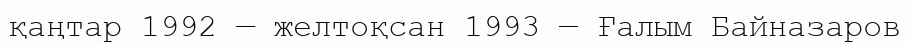
қаңтар 1992 — желтоқсан 1993 — Ғалым Байназаров